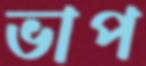
ভাপ